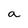
Character: a